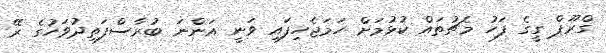
ގްރޫޕް ގީގެ ފަހު މެޗުތައް ކުޅުމަށް ހަމަޖެހިފައި ވަނީ އަންނަ ބުރާސްފަތިދުވަހުގެ ރޭ